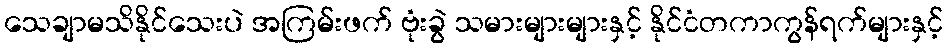
သေချာမသိနိုင်သေးပဲ အကြမ်းဖက် ဗုံးခွဲ သမားများများနှင့် နိုင်ငံတကာကွန်ရက်များနှင့်